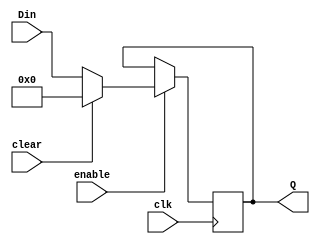
module FF8bit(Din,clk,clear,enable,Q);
input [7:0]Din;
input clk,clear,enable;
output reg [7:0] Q;
always@(posedge clk)
if(enable)
begin
if(clear)
Q<=0;
else
Q<=Din;
end
endmodule